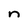
Character: n